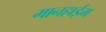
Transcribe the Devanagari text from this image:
मानहाईम